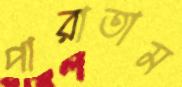
পারাতাম